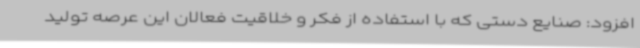
افزود: صنایع دستی که با استفاده از فکر و خلاقیت فعالان این عرصه تولید